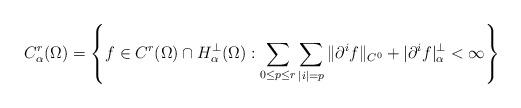
LaTeX: \begin{align*} C^r_\alpha(\Omega) = \left\{f\in C^r(\Omega)\cap H^\perp_\alpha(\Omega): \sum_{0\leq p \leq r}\sum_{|i|=p} \|\partial^if\|_{C^0}+|\partial^i f|^\perp_\alpha < \infty \right\} \end{align*}